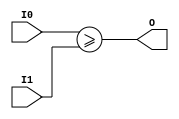
module coreir_sge4_wrapped (
    input [3:0] I0,
    input [3:0] I1,
    output O
);
assign O = ($signed(I0)) >= ($signed(I1));
endmodule